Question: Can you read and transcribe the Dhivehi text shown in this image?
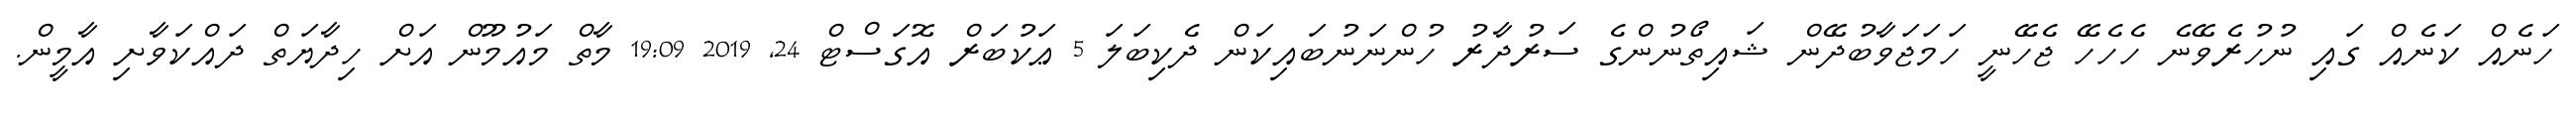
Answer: ހަނެއް ކަނެއް ގައި ނުހުރެވޭނެ ހެހެހޭ ޖެހޭނީ ހަމަޖަވާބުދޭން ޝައިތޯނުންގެ ސަރުދާރު ހުންނަނުބައިކަން ދެކިބަލަ 5 ޢަކުބަރް އޮގަސްޓް 24, 2019 19:09 މާތް މައުމޫން އަށް ހިދާޔަތް ދައްކަވާށި އާމީން.